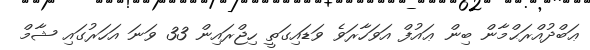
ޢަބްދުއްރަޙްމާން ބިން ޢައުފް އަވަހާރަވެ ވަޑައިގަތީ ހިޖްރައިން 33 ވަނަ އަހަރުގައި ޝާމް